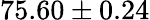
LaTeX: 75.60\pm 0.24